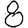
Digit: 8